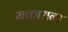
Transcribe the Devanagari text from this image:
मकाराना